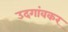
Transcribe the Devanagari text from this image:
उदगांवकर